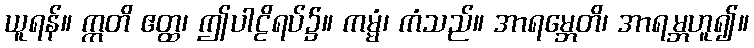
ယူရန်။ ဣတိ ဧတ္ထ၊ ဤပါဠိရပ်၌။ ကမ္မံ၊ ကံသည်။ အာရမ္ဘေတိ၊ အာရမ္ဘဟူ၍။